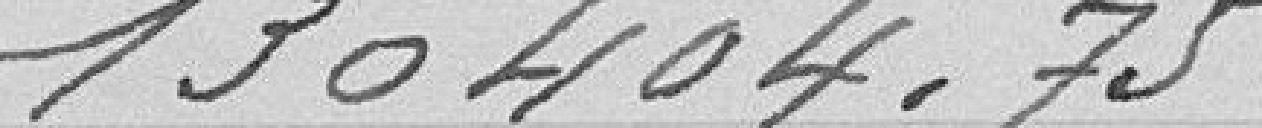
130404,75